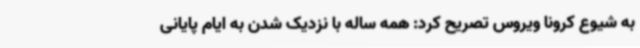
به شیوع کرونا ویروس تصریح کرد: همه ساله با نزدیک شدن به ایام پایانی